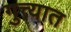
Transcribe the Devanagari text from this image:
गुत्त्यात